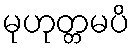
မုဟုတ္တမပိ